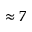
\approx 7